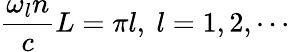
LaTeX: \frac{\omega_{l}n}{c}L=\pi l,\ l=1,2,\cdots